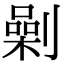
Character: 劋